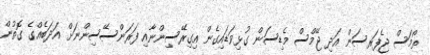
ތޯމަސް ޖެފަރސަން އަދި ޖޭމްސް މެޑިސަން ގުޅިވަޑައިގެން އިގިރޭސިންނާއި ފަރަންސޭސިންނަށް އަދަބެއްގެ ގޮތުން